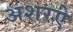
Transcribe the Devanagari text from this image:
अशरऐ